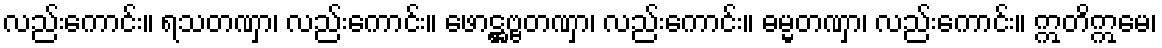
လည်းကောင်း။ ရသတဏှာ၊ လည်းကောင်း။ ဖောဋ္ဌဗ္ဗတဏှာ၊ လည်းကောင်း။ ဓမ္မတဏှာ၊ လည်းကောင်း။ ဣတိဣမေ၊